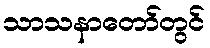
သာသနာတော်တွင်